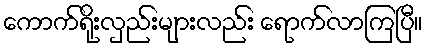
ကောက်ရိုးလှည်းများလည်း ရောက်လာကြပြီ။